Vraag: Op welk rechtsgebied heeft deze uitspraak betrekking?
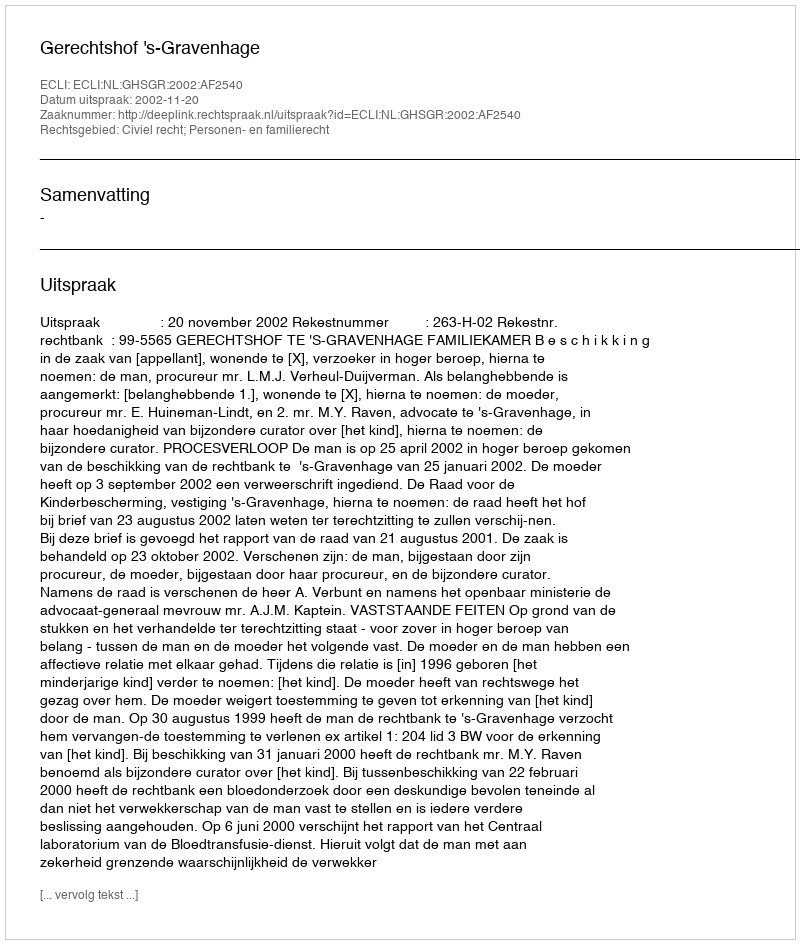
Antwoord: Civiel recht; Personen- en familierecht